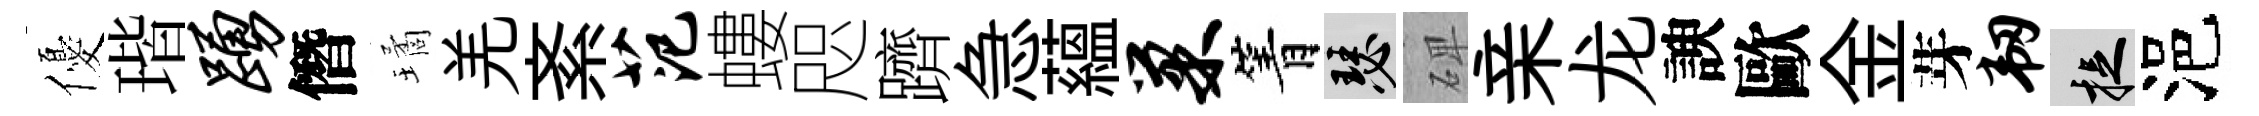
優瑎踊僭璚羌紊范螻咫躋急藴巢箐瑟𥓓亲龙諛歐金芽韧捉浥